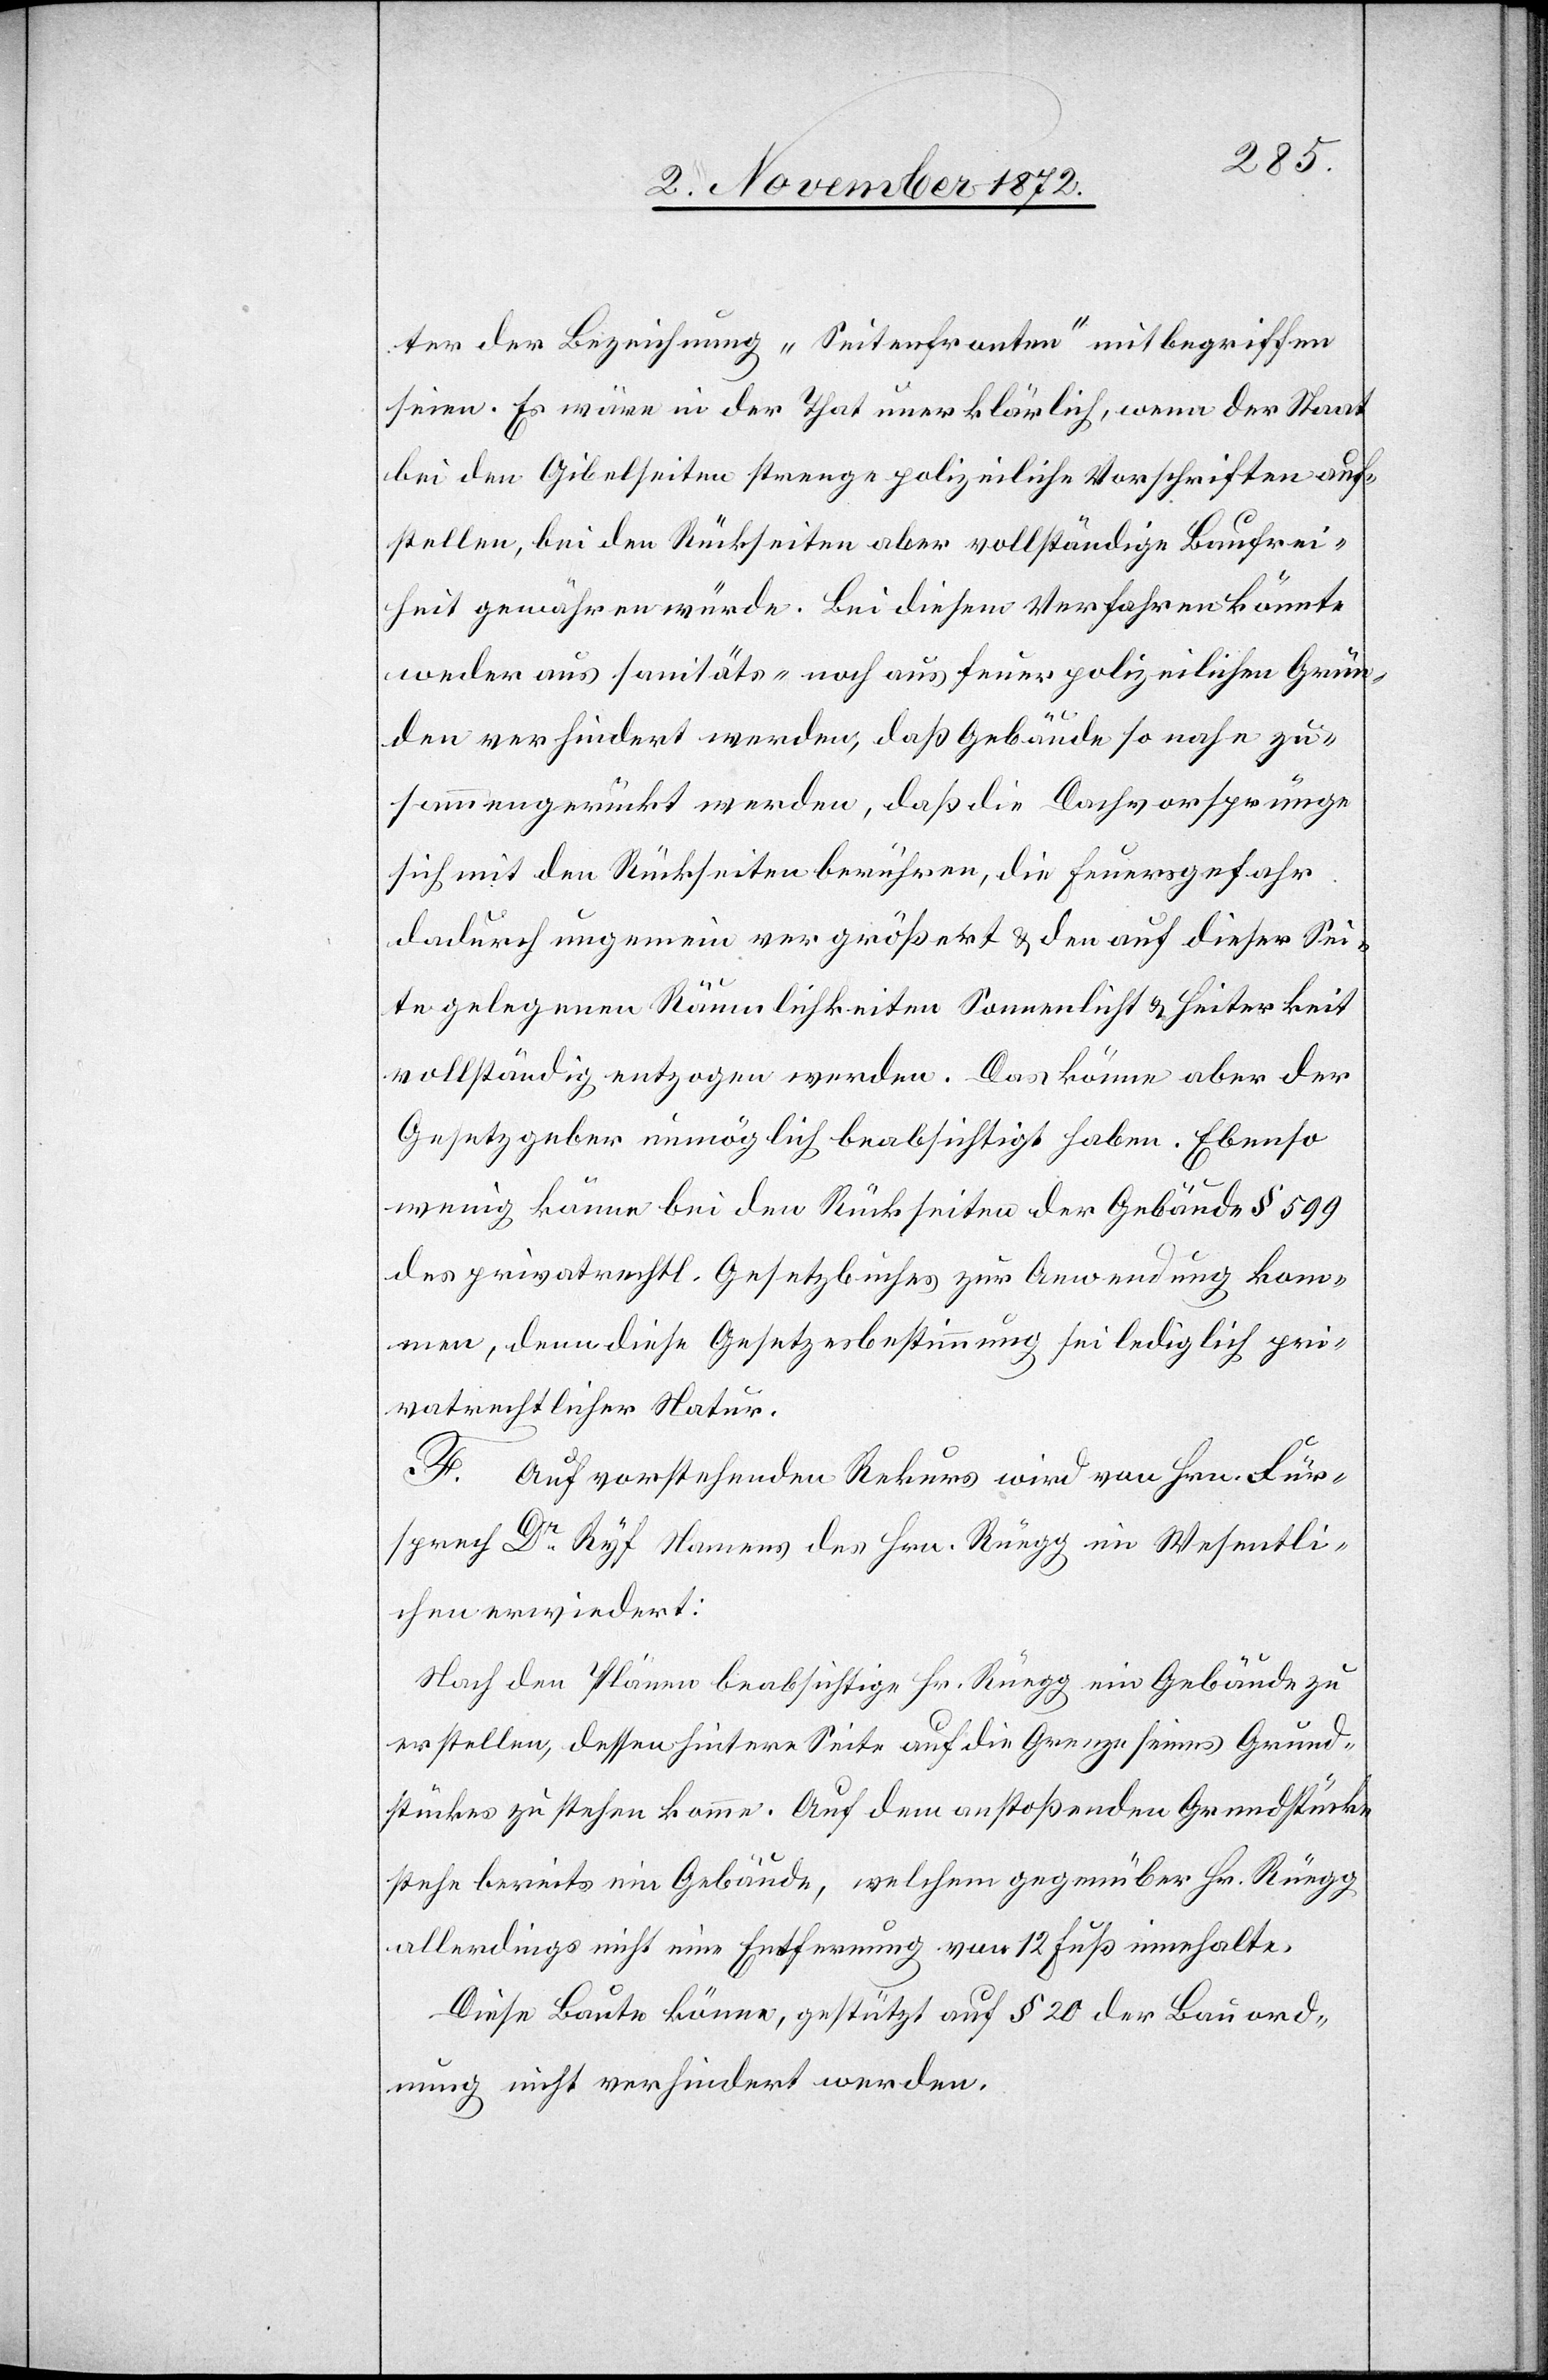
ter der Bezeichnung „Seitenfronten“ mitbegriffen
seien. Es wäre in der That unerklärlich, wenn der Staat
bei den Gibelseiten strenge polizeiliche Vorschriften auf¬
stellen, bei den Rückseiten aber vollständige Baufrei¬
heit gewähren würde. Bei diesem Verfahren könnte
weder aus sanitäts- noch aus feuerpolizeilichen Grün¬
den verhindert werden, daß Gebäude so nahe zu¬
sammengerückt werden, daß die Dachvorsprünge
sich mit den Rückseiten berühren, die Feuersgefahr
dadurch ungemein vergrößert u. den auf dieser Sei¬
te gelegenen Räumlichkeiten Sonnenlicht u. Heiterkeit
vollständig entzogen werden. Das könne aber der
Gesetzgeber unmöglich beabsichtigt haben. Ebenso
wenig könne bei den Rückseiten der Gebäude § 599
des privatrechtl. Gesetzbuches zur Anwendung kom¬
men, denn diese Gesetzesbestimmung sei lediglich pri¬
vatrechtlicher Natur.
F. Auf vorstehenden Rekurs wird von Hrn. Für¬
sprech Dr Ryf Namens des Hrn. Rüegg im Wesentli¬
chen erwiedert:
Nach den Plänen beabsichtige Hr. Rüegg ein Gebäude zu
erstellen, dessen hintere Seite auf die Grenze seines Grund¬
stückes zu stehen komme. Auf dem anstoßenden Grundstücke
stehe bereits ein Gebäude, welchem gegenüber Hr. Rüegg
allerdings nicht eine Entfernung von 12 Fuß innehalte.
Diese Baute könne, gestützt auf § 20 der Bauord¬
nung nicht verhindert werden.